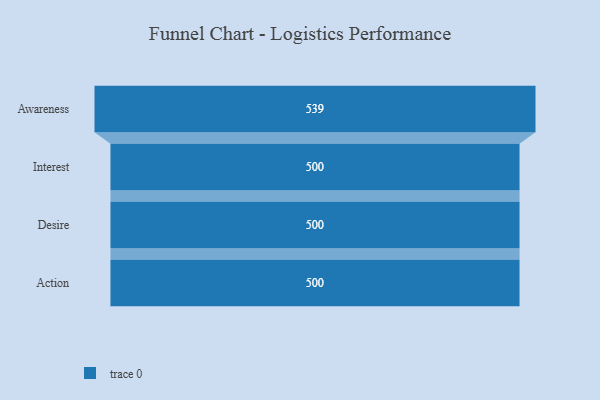
{"axis": {"x": "Stage", "y": "Value"}, "legend": [""], "data": [{"x": "Awareness", "y": 539.0, "type": ""}, {"x": "Interest", "y": 500, "type": ""}, {"x": "Desire", "y": 500, "type": ""}, {"x": "Action", "y": 500, "type": ""}]}